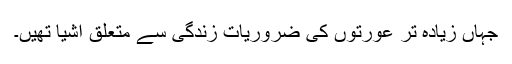
جہاں زیادہ تر عورتوں کی ضروریات زندگی سے متعلق اشیا تھیں۔